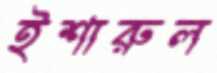
ইশারুল